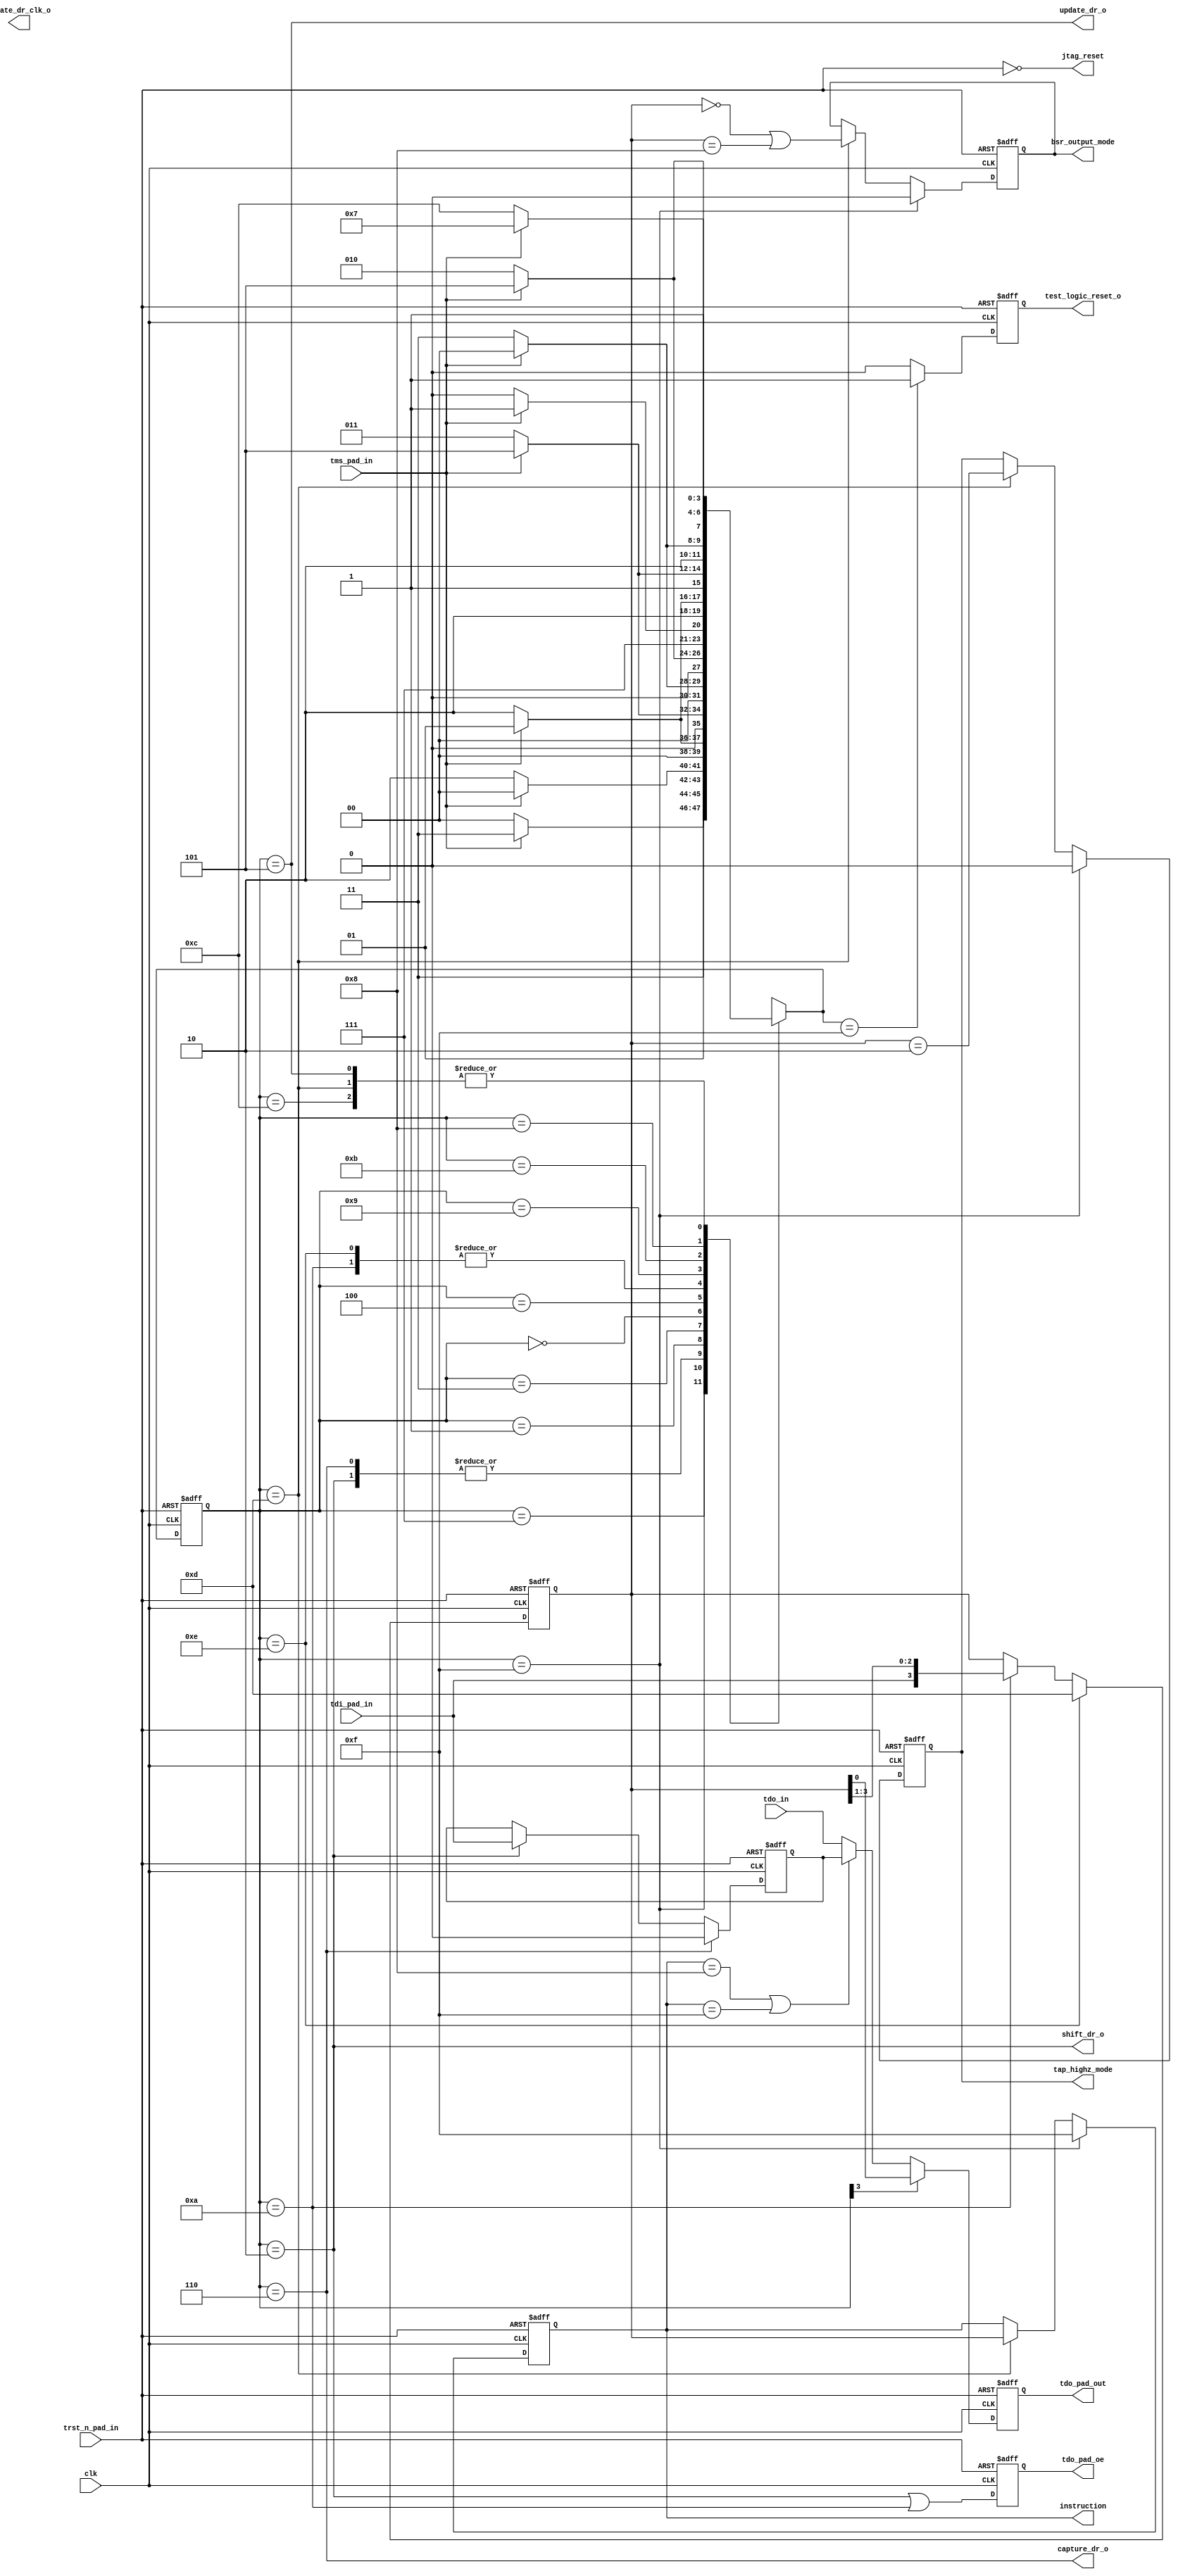
/**********************************************************************/
/*                                                                    */
/*                                                                    */
/*   Copyright (c) 2012-2015 Ouabache Design Works                    */
/*                                                                    */
/*          All Rights Reserved Worldwide                             */
/*                                                                    */
/*   Licensed under the Apache License,Version2.0 (the'License');     */
/*   you may not use this file except in compliance with the License. */
/*   You may obtain a copy of the License at                          */
/*                                                                    */
/*       http://www.apache.org/licenses/LICENSE-2.0                   */
/*                                                                    */
/*   Unless required by applicable law or agreed to in                */
/*   writing, software distributed under the License is               */
/*   distributed on an 'AS IS' BASIS, WITHOUT WARRANTIES              */
/*   OR CONDITIONS OF ANY KIND, either express or implied.            */
/*   See the License for the specific language governing              */
/*   permissions and limitations under the License.                   */
/**********************************************************************/
 module 
  cde_jtag_tap_sm 
    #( parameter 
      BYPASS=4'b1111,
      CHIP_ID_ACCESS=4'b0011,
      CLAMP=4'b1000,
      EXTEST=4'b0000,
      HIGHZ_MODE=4'b0010,
      INST_LENGTH=4,
      INST_RESET=4'b1111,
      INST_RETURN=4'b1101,
      NUM_USER=2,
      RPC_ADD=4'b1001,
      RPC_DATA=4'b1010,
      SAMPLE=4'b0001,
      USER=8'b1010_1001)
     (
 input   wire                 clk,
 input   wire                 tdi_pad_in,
 input   wire                 tdo_in,
 input   wire                 tms_pad_in,
 input   wire                 trst_n_pad_in,
 output   reg                 bsr_output_mode,
 output   reg                 capture_dr_o,
 output   reg                 shift_dr_o,
 output   reg                 tap_highz_mode,
 output   reg                 tdo_pad_oe,
 output   reg                 tdo_pad_out,
 output   reg                 test_logic_reset_o,
 output   reg                 update_dr_o,
 output   reg    [ 3 :  0]        instruction,
 output   wire                 jtag_reset,
 output   wire                 update_dr_clk_o);
//********************************************************************
//*** 
//********************************************************************
reg     [ 3 :  0]          next_tap_state;
reg     [ 3 :  0]          tap_state;
reg                        bypass_tdo;
reg                        capture_ir;
reg                        next_tdo;
reg                        shift_ir;
reg                        update_ir;
assign jtag_reset  = ! trst_n_pad_in;
//********************************************************************
//*** TAP Controller State Machine
//********************************************************************
// TAP state parameters
localparam TEST_LOGIC_RESET = 4'b1111, 
           RUN_TEST_IDLE    = 4'b1100,
           SELECT_DR_SCAN   = 4'b0111, 
           CAPTURE_DR       = 4'b0110,
           SHIFT_DR         = 4'b0010, 
           EXIT1_DR         = 4'b0001,
           PAUSE_DR         = 4'b0011,
           EXIT2_DR         = 4'b0000,
           UPDATE_DR        = 4'b0101,
           SELECT_IR_SCAN   = 4'b0100, 
           CAPTURE_IR       = 4'b1110,
           SHIFT_IR         = 4'b1010,
           EXIT1_IR         = 4'b1001,
           PAUSE_IR         = 4'b1011,
           EXIT2_IR         = 4'b1000,
           UPDATE_IR        = 4'b1101;
// next state decode for tap controller
always @(*)
    case (tap_state)	// synopsys parallel_case
      TEST_LOGIC_RESET: next_tap_state = tms_pad_in ? TEST_LOGIC_RESET : RUN_TEST_IDLE;
      RUN_TEST_IDLE:    next_tap_state = tms_pad_in ? SELECT_DR_SCAN   : RUN_TEST_IDLE;
      SELECT_DR_SCAN:   next_tap_state = tms_pad_in ? SELECT_IR_SCAN   : CAPTURE_DR;
      CAPTURE_DR:       next_tap_state = tms_pad_in ? EXIT1_DR         : SHIFT_DR;
      SHIFT_DR:         next_tap_state = tms_pad_in ? EXIT1_DR         : SHIFT_DR;
      EXIT1_DR:         next_tap_state = tms_pad_in ? UPDATE_DR        : PAUSE_DR;
      PAUSE_DR:         next_tap_state = tms_pad_in ? EXIT2_DR         : PAUSE_DR;
      EXIT2_DR:         next_tap_state = tms_pad_in ? UPDATE_DR        : SHIFT_DR;
      UPDATE_DR:        next_tap_state = tms_pad_in ? SELECT_DR_SCAN   : RUN_TEST_IDLE;
      SELECT_IR_SCAN:   next_tap_state = tms_pad_in ? TEST_LOGIC_RESET : CAPTURE_IR;
      CAPTURE_IR:       next_tap_state = tms_pad_in ? EXIT1_IR         : SHIFT_IR;
      SHIFT_IR:         next_tap_state = tms_pad_in ? EXIT1_IR         : SHIFT_IR;
      EXIT1_IR:         next_tap_state = tms_pad_in ? UPDATE_IR        : PAUSE_IR;
      PAUSE_IR:         next_tap_state = tms_pad_in ? EXIT2_IR         : PAUSE_IR;
      EXIT2_IR:         next_tap_state = tms_pad_in ? UPDATE_IR        : SHIFT_IR;
      UPDATE_IR:        next_tap_state = tms_pad_in ? SELECT_DR_SCAN   : RUN_TEST_IDLE;
    endcase
//********************************************************************
//*** TAP Controller State Machine Register
//********************************************************************
always @(posedge clk or negedge trst_n_pad_in)
  if (!trst_n_pad_in)     tap_state  <= TEST_LOGIC_RESET;
  else                    tap_state  <= next_tap_state;
 always @(*)
   begin
   shift_ir     = (tap_state == SHIFT_IR);
   shift_dr_o   = (tap_state == SHIFT_DR);
   update_ir    = (tap_state == UPDATE_IR);
   update_dr_o  = (tap_state == UPDATE_DR);
   capture_dr_o = (tap_state == CAPTURE_DR);
   capture_ir   = (tap_state == CAPTURE_IR);
  end
//******************************************************
//*** Instruction Register
//******************************************************
reg	[INST_LENGTH-1:0]      instruction_buffer;
// buffer the instruction register while shifting
always @(posedge clk or negedge trst_n_pad_in)
  if (!trst_n_pad_in)          instruction_buffer <= INST_RESET;
  else 
  if (capture_ir)              instruction_buffer <= INST_RETURN;  
  else 
  if (shift_ir)                instruction_buffer <= {tdi_pad_in,instruction_buffer[INST_LENGTH-1:1]};
always @(posedge clk  or negedge trst_n_pad_in)
  if (!trst_n_pad_in)                   instruction <= INST_RESET;
  else 
  if (tap_state == TEST_LOGIC_RESET)    instruction <= INST_RESET;
  else 
  if (update_ir)                        instruction <= instruction_buffer;
//**********************************************************
// Decode tap_state to get test_logic_reset  signal
//**********************************************************
always @(posedge clk  or negedge trst_n_pad_in)
if (!trst_n_pad_in)                        test_logic_reset_o   <= 1'b1;
else 
if (next_tap_state == TEST_LOGIC_RESET)    test_logic_reset_o   <= 1'b1;
else                                       test_logic_reset_o   <= 1'b0;
//**********************************************************
//** Boundary scan control signals
//**********************************************************
always @(posedge clk  or negedge trst_n_pad_in)
  if (!trst_n_pad_in)                             bsr_output_mode <= 1'b0;
  else 
  if (tap_state == TEST_LOGIC_RESET)       bsr_output_mode <= 1'b0;
  else 
  if (update_ir)                           bsr_output_mode <=    (instruction_buffer  == EXTEST) || (instruction_buffer  == CLAMP);
//**********************************************************
//**  Control chip pads when we are in highz_mode
//**********************************************************
always @(posedge clk  or negedge trst_n_pad_in)
  if (!trst_n_pad_in)                                 tap_highz_mode <= 1'b0;
  else if (tap_state == TEST_LOGIC_RESET)      tap_highz_mode <= 1'b0;
  else if (update_ir)                          tap_highz_mode <= (instruction_buffer  == HIGHZ_MODE);
//**********************************************************
//*** Bypass register
//**********************************************************
always @(posedge clk or negedge trst_n_pad_in)
  if (!trst_n_pad_in)         bypass_tdo <= 1'b0;
  else 
  if (capture_dr_o)           bypass_tdo <= 1'b0;
  else 
  if (shift_dr_o)             bypass_tdo <= tdi_pad_in;
  else                        bypass_tdo <= bypass_tdo;
//****************************************************************
//*** Choose what goes out on the TDO pin
//****************************************************************
// bypass anytime we are not doing a defined instructions, or if in clamp or bypass mode
wire bypass_select;
assign   bypass_select  = ( instruction == CLAMP ) || ( instruction == BYPASS );
// output the instruction register when tap_state[3] is 1, else
//   put out the appropriate data register.  
always@(*)
  begin
     if( tap_state[3] )    next_tdo =  instruction_buffer[0];
     else
     if(bypass_select)     next_tdo =  bypass_tdo;
     else                  next_tdo =  tdo_in;
  end
wire   clk_n;
assign clk_n = ! clk;
always @(posedge clk_n or negedge trst_n_pad_in)
        if (!trst_n_pad_in)         tdo_pad_out <= 1'b0;
        else                        tdo_pad_out <= next_tdo;
// output enable for TDO pad
always @(posedge clk_n or negedge trst_n_pad_in)
	if ( !trst_n_pad_in )    tdo_pad_oe   <= 1'b0;
	else                     tdo_pad_oe   <= ( (tap_state == SHIFT_DR) || (tap_state == SHIFT_IR) );
  endmodule